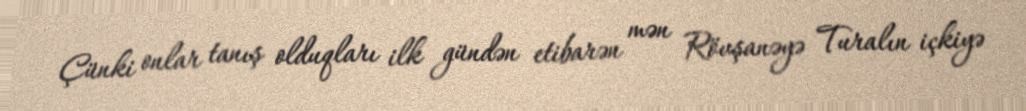
Çünki onlar tanış olduqları ilk gündən etibarən mən Rövşanəyə Turalın içkiyə